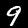
Label: 9